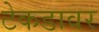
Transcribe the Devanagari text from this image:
टेकडावर